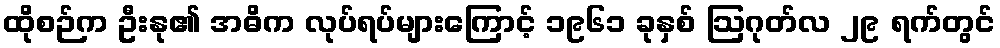
ထိုစဉ်က ဦးနု၏ အဓိက လုပ်ရပ်များကြောင့် ၁၉၆၁ ခုနှစ် ဩဂုတ်လ ၂၉ ရက်တွင်